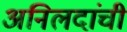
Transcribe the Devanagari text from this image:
अनिलदांची